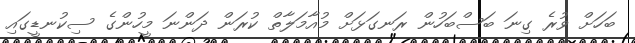
ބަހަށް ވުރެ ގިނަ ބަސްބަހުން ރަނގަޅަށް މުއާމަލާތް ކުރަން ދަންނަ މީހުންގެ ސިކުނޑީގައި